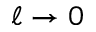
\ell \rightarrow 0